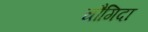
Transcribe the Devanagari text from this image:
चौगिदा